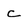
Character: c